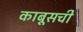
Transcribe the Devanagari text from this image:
काबूसची